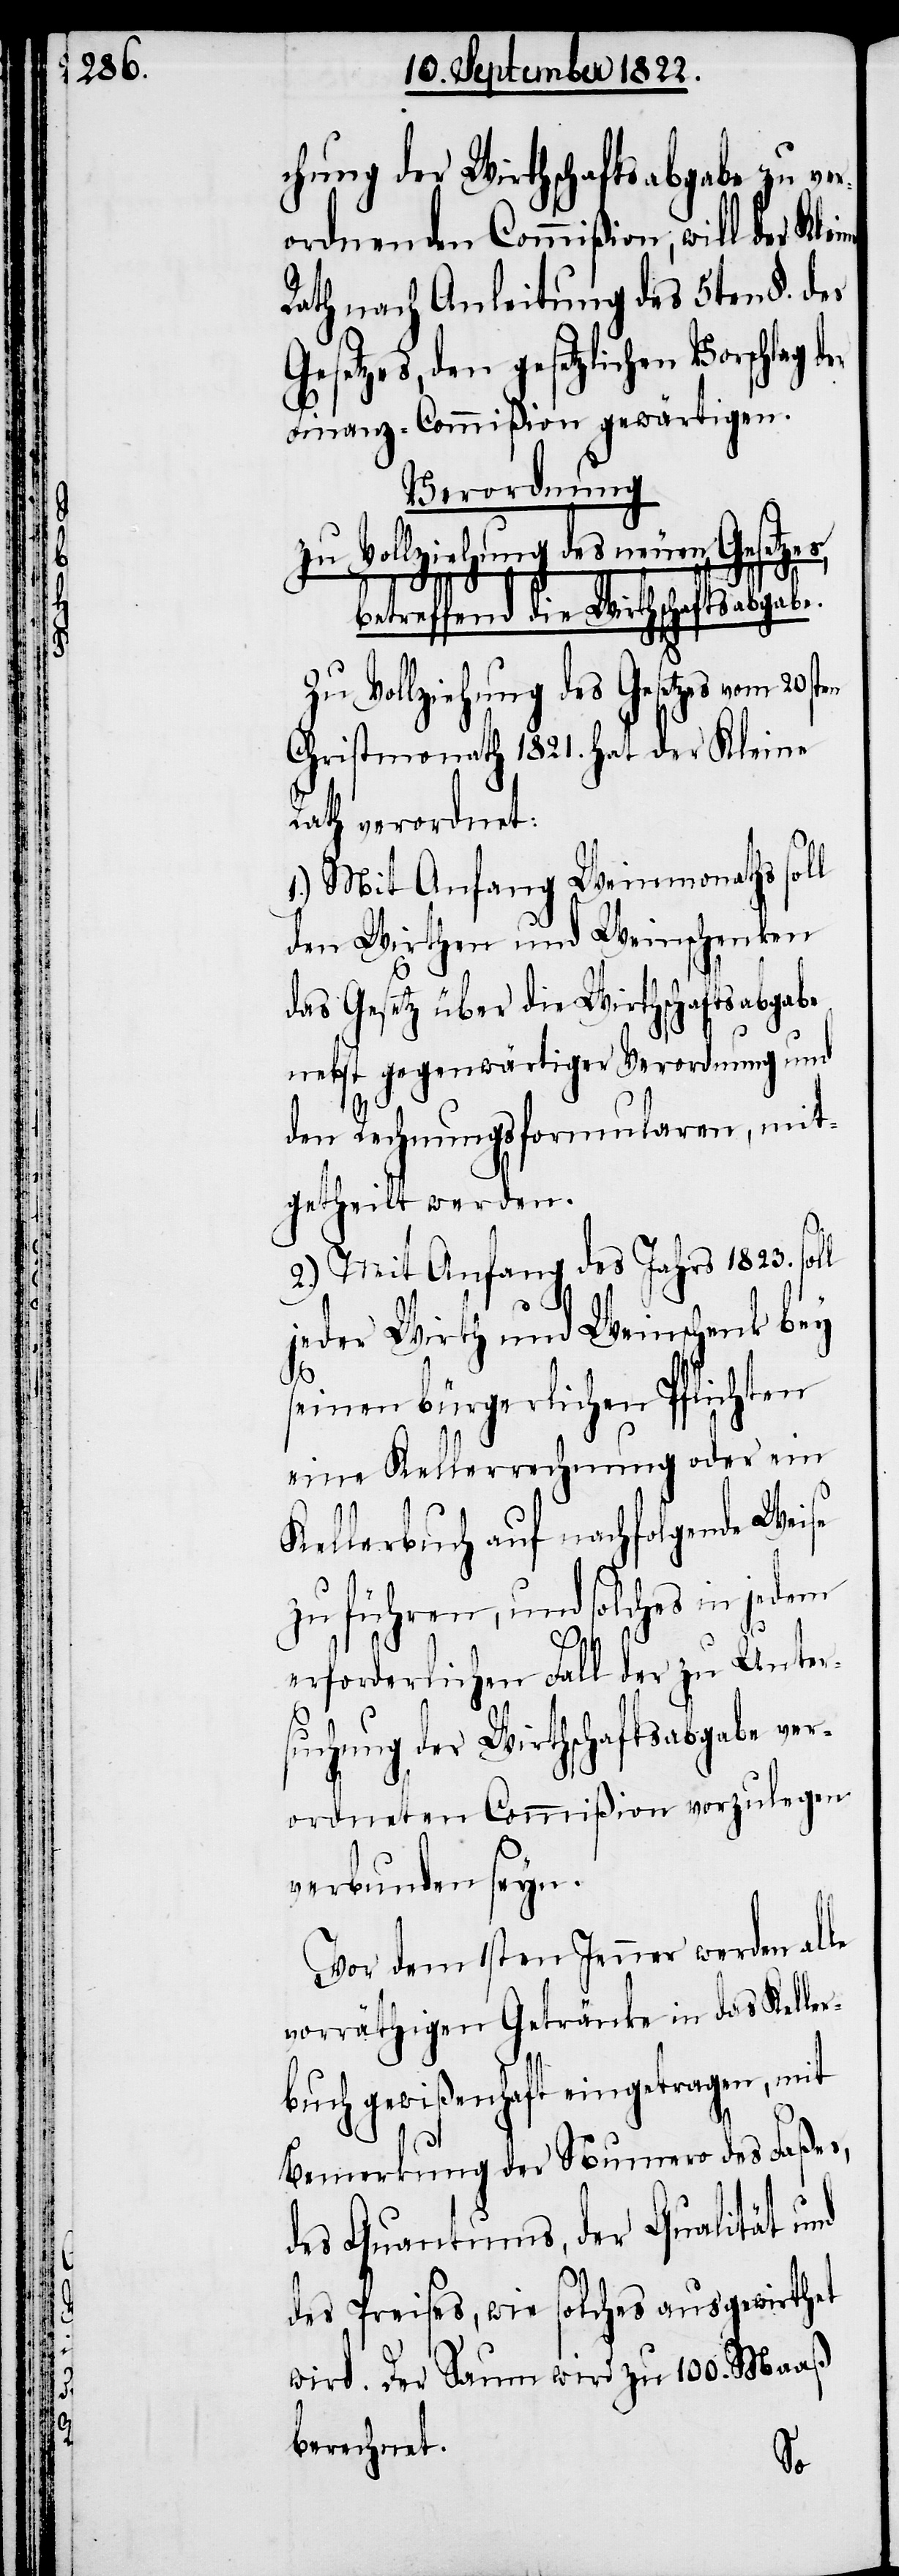
chung der Wirthschaftsabgabe zu ver¬
ordnenden Commißion, will der
Rath nach Anleitung des 5ten §. des
Gesetzes , den gesetzlichen Vorschlag
Finanz-Commißion gewärtigen.
Verordnung
zu Vollziehung des neuen Gesetzes,
betreffend die Wirthschaftsabgabe.
Zu Vollziehung des Gesetzes vom
Christmonath 1821. hat der Kleine
Rath verordnet:
1.) Mit Anfang Weinmonaths soll
den Wirthen und Weinschenken
das Gesetz über die Wirthschaftsabgabe
nebst gegenwärtiger Verordnung und
l
den Rechnungsformularen, mit¬
getheilt werden.
2.) Mit Anfang des Jahrs 1823. sol¬
jeder Wirth und Weinschenk bey
seinen bürgerlichen Pflichten
eine Kellerrechnung oder ein
Kellerbuch auf nachfolgende Weise
zu führen, und solches in jedem
erforderlichen Fall der zu Unter¬
suchung der Wirthschaftsabgabe ver¬
ordneten Commißion vorzulegen
verbunden seyn.
Vor dem 1sten Jenner werden alle
vorräthigen Getränke in das Keller¬
buch gewißenhaft eingetragen, mit
Bemerkungen der Nummer des Faßes,
des Quantums, der Qualität und
des Preises, wie solches ausgewirthet
wird. Der Saum wird zu 100. Maaß
berechnet.
der